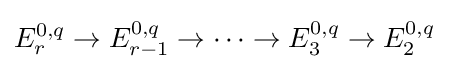
E_{r}^{0,q}\to E_{r-1}^{0,q}\to \dots \to E_{3}^{0,q}\to E_{2}^{0,q}